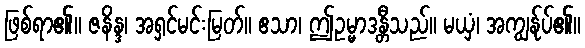
ဖြစ်ရာ၏။ ဇနိန္ဒ၊ အရှင်မင်းမြတ်။ ဧသာ၊ ဤဥမ္မာဒန္တီသည်။ မယှံ၊ အကျွန်ုပ်၏။